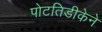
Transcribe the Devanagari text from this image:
पोटतिडीकेने